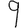
Digit: 9